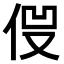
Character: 𠈿